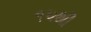
૧૫થી